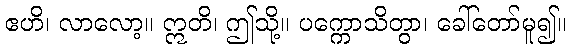
ဧဟိ၊ လာလော့။ ဣတိ၊ ဤသို့။ ပက္ကောသိတွာ၊ ခေါ်တော်မူ၍။